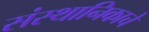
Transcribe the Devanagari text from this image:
संस्थानिकाचे